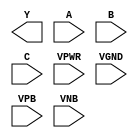
module sky130_fd_sc_ms__nor3 (
    Y   ,
    A   ,
    B   ,
    C   ,
    VPWR,
    VGND,
    VPB ,
    VNB
);

    output Y   ;
    input  A   ;
    input  B   ;
    input  C   ;
    input  VPWR;
    input  VGND;
    input  VPB ;
    input  VNB ;
endmodule